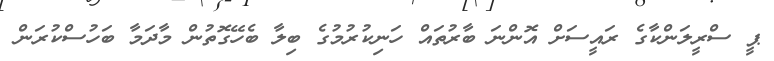
ޕީ ސްރީލަންކާގެ ރައީސަށް އޮންނަ ބާރުތައް ހަނިކުރުމުގެ ބިލާ ބެހޭގޮތުން މާދަމާ ބަހުސްކުރަން